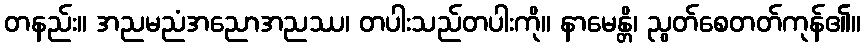
တနည်း။ အညမညံအညောအညဿ၊ တပါးသည်တပါးကို။ နာမေန္တိ၊ ညွတ်စေတတ်ကုန်၏။